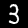
Label: 3